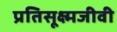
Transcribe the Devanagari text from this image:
प्रतिसूक्ष्मजीवी